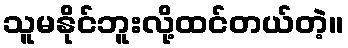
သူမနိုင်ဘူးလို့ထင်တယ်တဲ့။